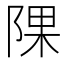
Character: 𨺁